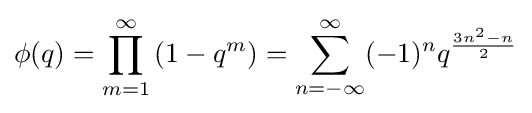
\phi (q)=\prod _{m=1}^{\infty }\left(1-q^{m}\right)=\sum _{n=-\infty }^{\infty }(-1)^{n}q^{\frac {3n^{2}-n}{2}}